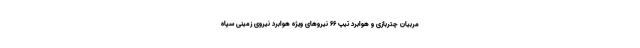
مربیان چتربازی و هوابرد تیپ ۶۶ نیروهای ویژه هوابرد نیروی زمینی سپاه